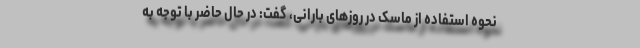
نحوه استفاده از ماسک در روزهای بارانی، گفت: در حال حاضر با توجه به